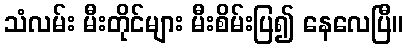
သံလမ်း မီးတိုင်များ မီးစိမ်းပြ၍ နေလေပြီ။